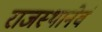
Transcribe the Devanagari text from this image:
राजस्थानेवं